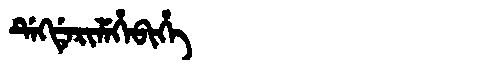
Manchu: ᡩᡝᡴᡩᡝᡵᡳᠯᡝᡥᡝᠪᡳᡥᡝ
Romanization: DEKDERILEHEBIHE